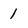
Character: 1